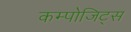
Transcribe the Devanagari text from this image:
कम्पोजिट्स